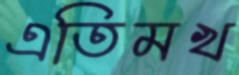
এতিমখ